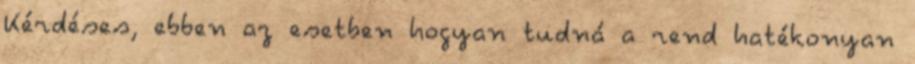
Kérdéses, ebben az esetben hogyan tudná a rend hatékonyan